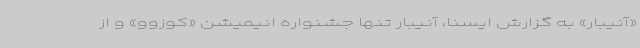
«آنیبار» به گزارش ایسنا، آنیبار تنها جشنواره‌ انیمیشن «کوزوو» و از